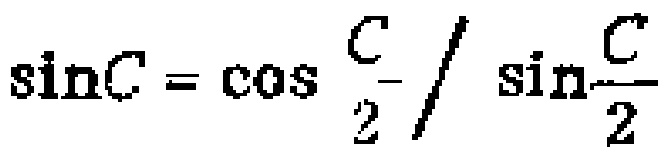
\(\sin C = \cos \frac{C}{2} / \sin\frac{C}{2}\)